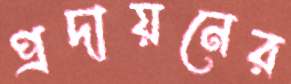
প্রদায়নের